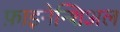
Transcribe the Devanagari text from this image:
फ़ाइनेन्शिअल